V__Kingissepa_nim__kolhoos, lk 87
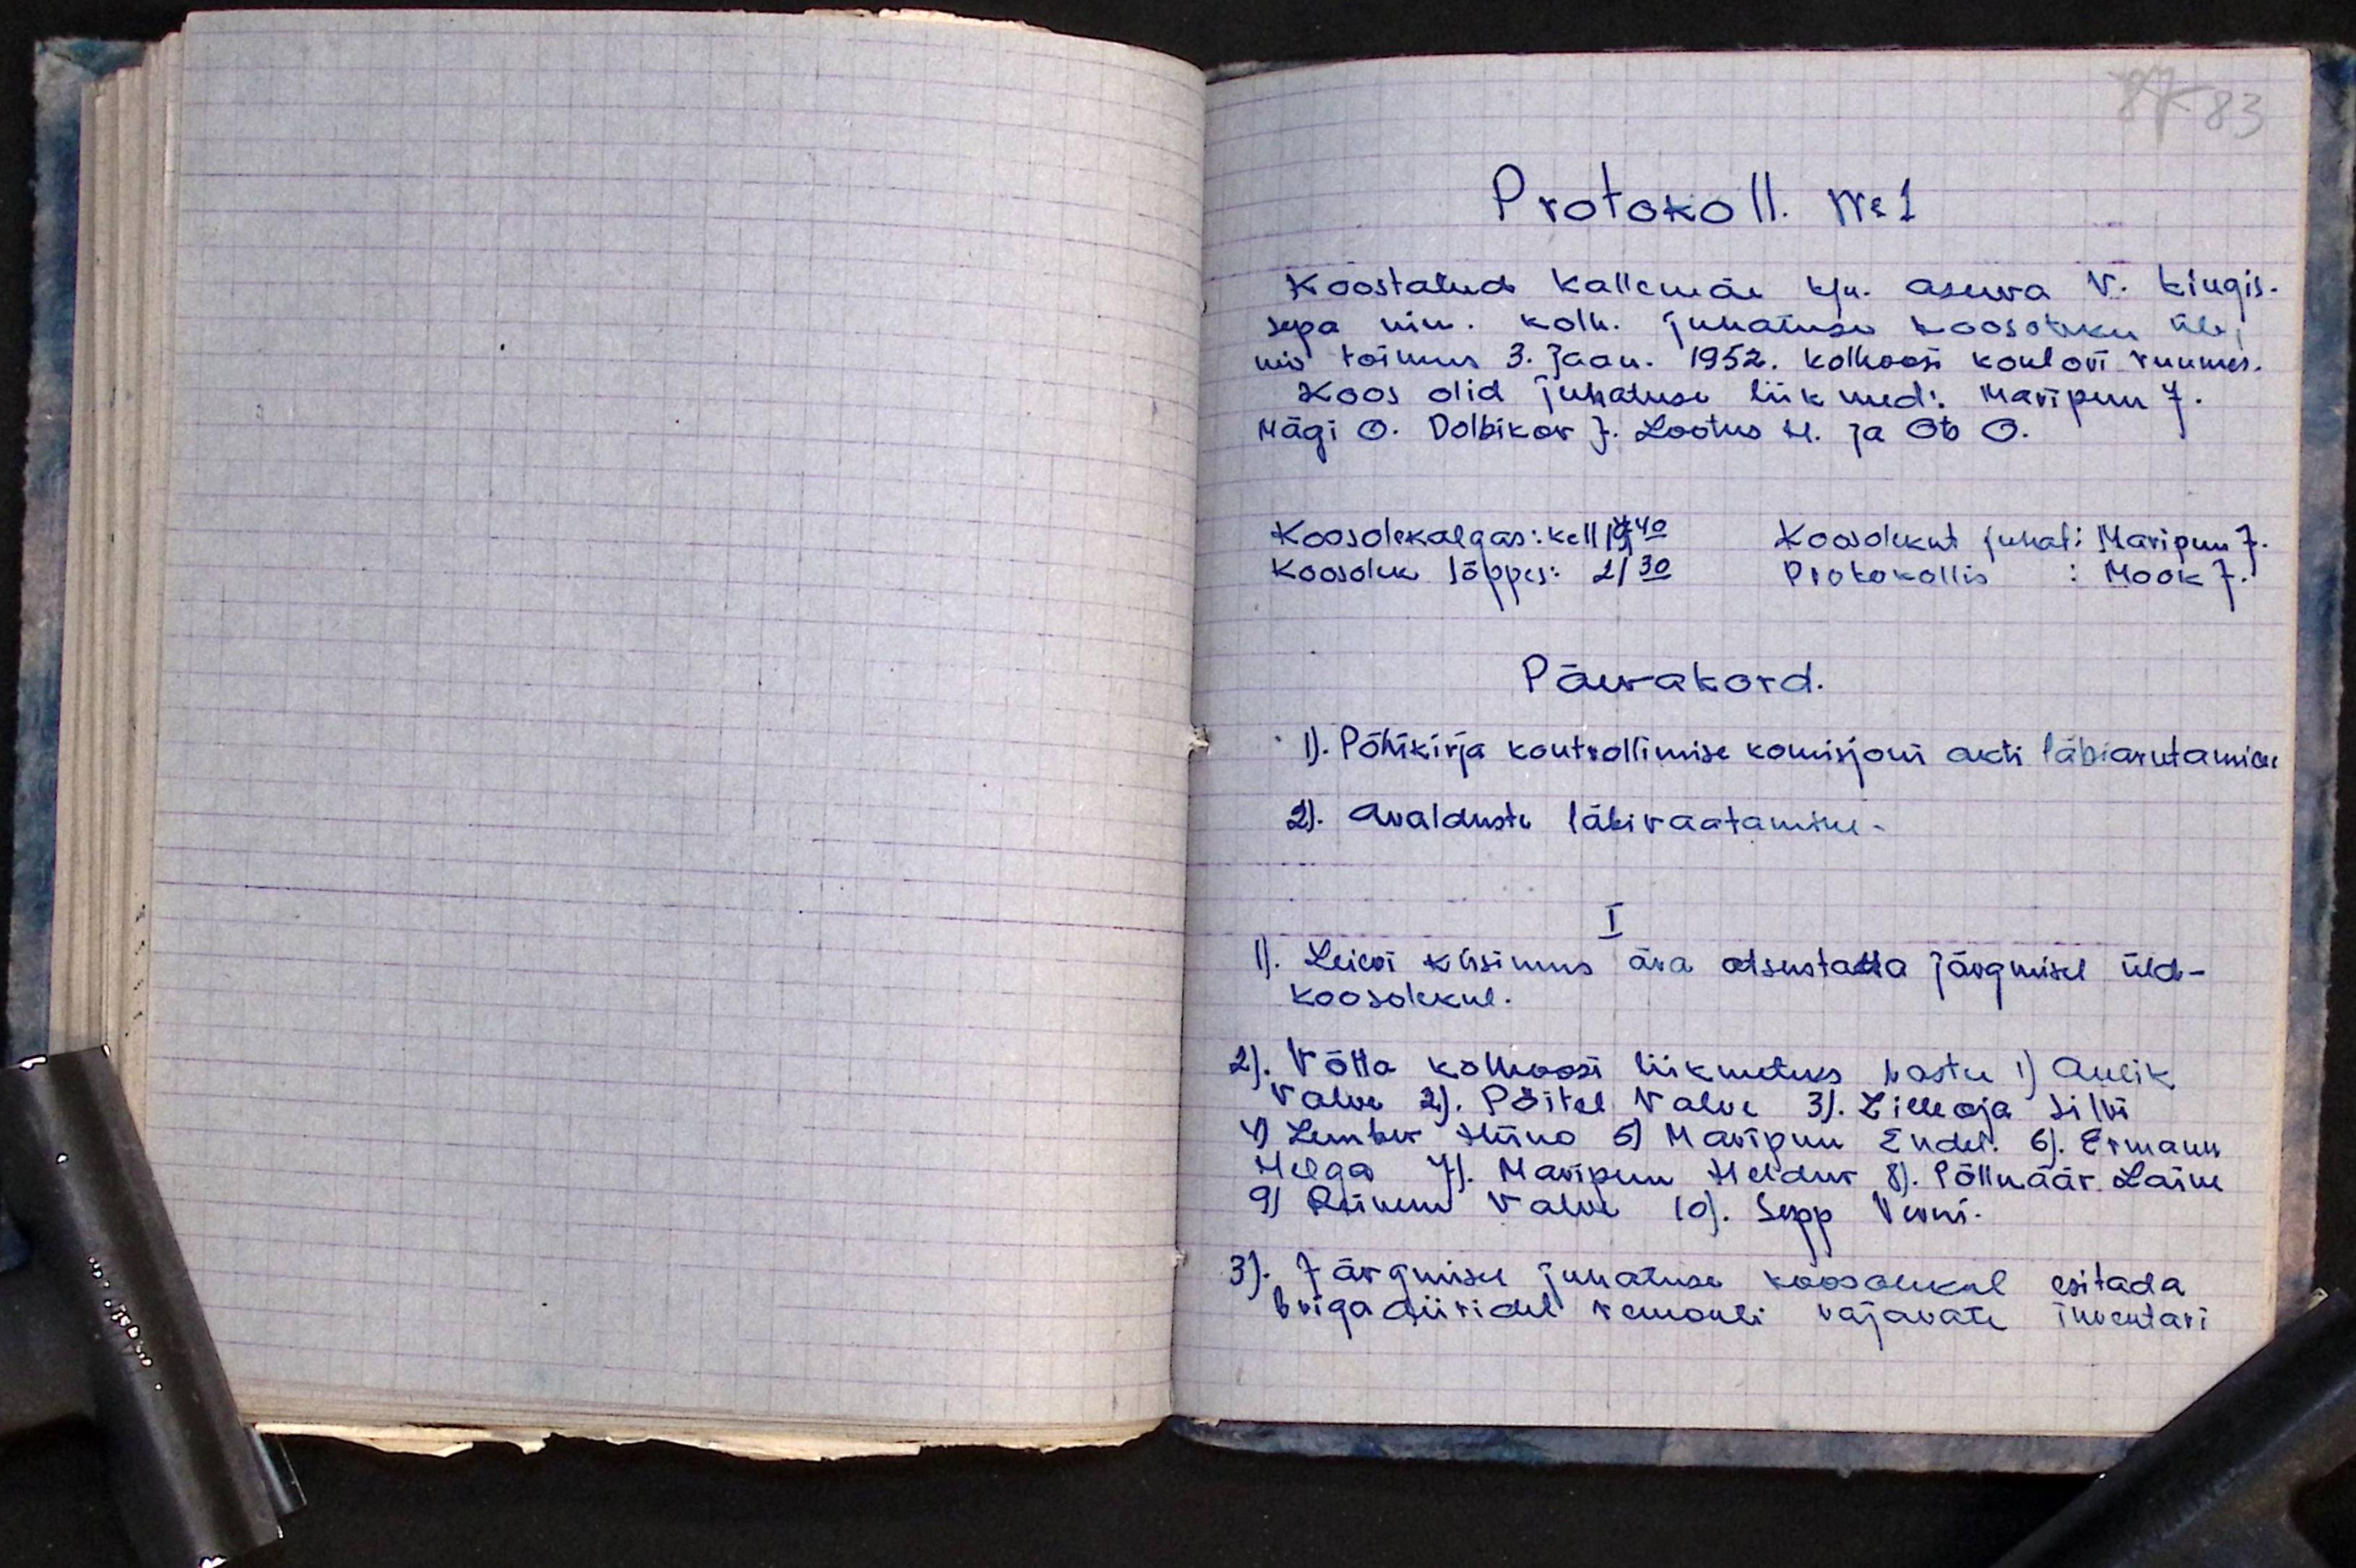
87 83
Protokoll. Nr 1
Koostatud Kallemäe k/n. asuva V. Kingis-
sepa nim. kolh. juhatuse koosoleku üle,
mis toimus 3. Jaan. 1952. kolhoosi kontori ruumes.
Koos olid juhatuse liikmed: Maripuu J.
Mägi O. Dolbikov J. Lootus H. ja Ots O.
Koosolek algas: kell 19.40. Koosolekut juhat: Maripuu J.
Koosolek lõppes: 21.30 Protokollis: Mook J.
Päevakord.
1). Põhikirja kontrollimise komisjoni akti läbiarutamine
2). Avalduste läbivaatamine -
I
1). Leievi küsimus ära otsustada järgmisel üld-
koosolekul.
2). Võtta kolhoosi liikmeteks vastu 1) Aulik
Valve 2). Põitel Valve 3). Lilleoja silvi
4) Lember Heino 5) Maripuu Endel. 6). Ermann
Helga 7). Maripuu Heldur, 8). Põlluäär. Laine
9) Reinem Valve 10). Sepp Verni.
3). Järgmisel juhatuse koosolekul esitada
brigadiiridel remonti vajavate inventari